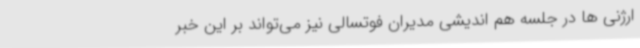
ارژنی ها در جلسه هم اندیشی مدیران فوتسالی نیز می‌تواند بر این خبر